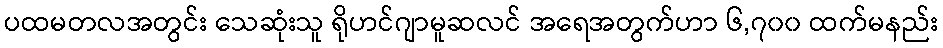
ပထမတလအတွင်း သေဆုံးသူ ရိုဟင်ဂျာမူဆလင် အရေအတွက်ဟာ ၆,၇၀၀ ထက်မနည်း